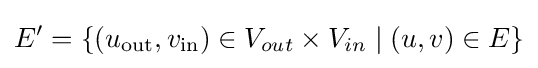
E'=\{(u_{\textrm {out}},v_{\textrm {in}})\in V_{out}\times V_{in}\mid (u,v)\in E\}